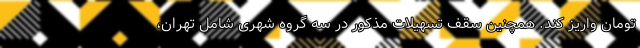
تومان واریز کند. همچنین سقف تسهیلات مذکور در سه گروه شهری شامل تهران،